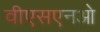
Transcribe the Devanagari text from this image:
वीएसएनओ